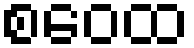
စဝေထ